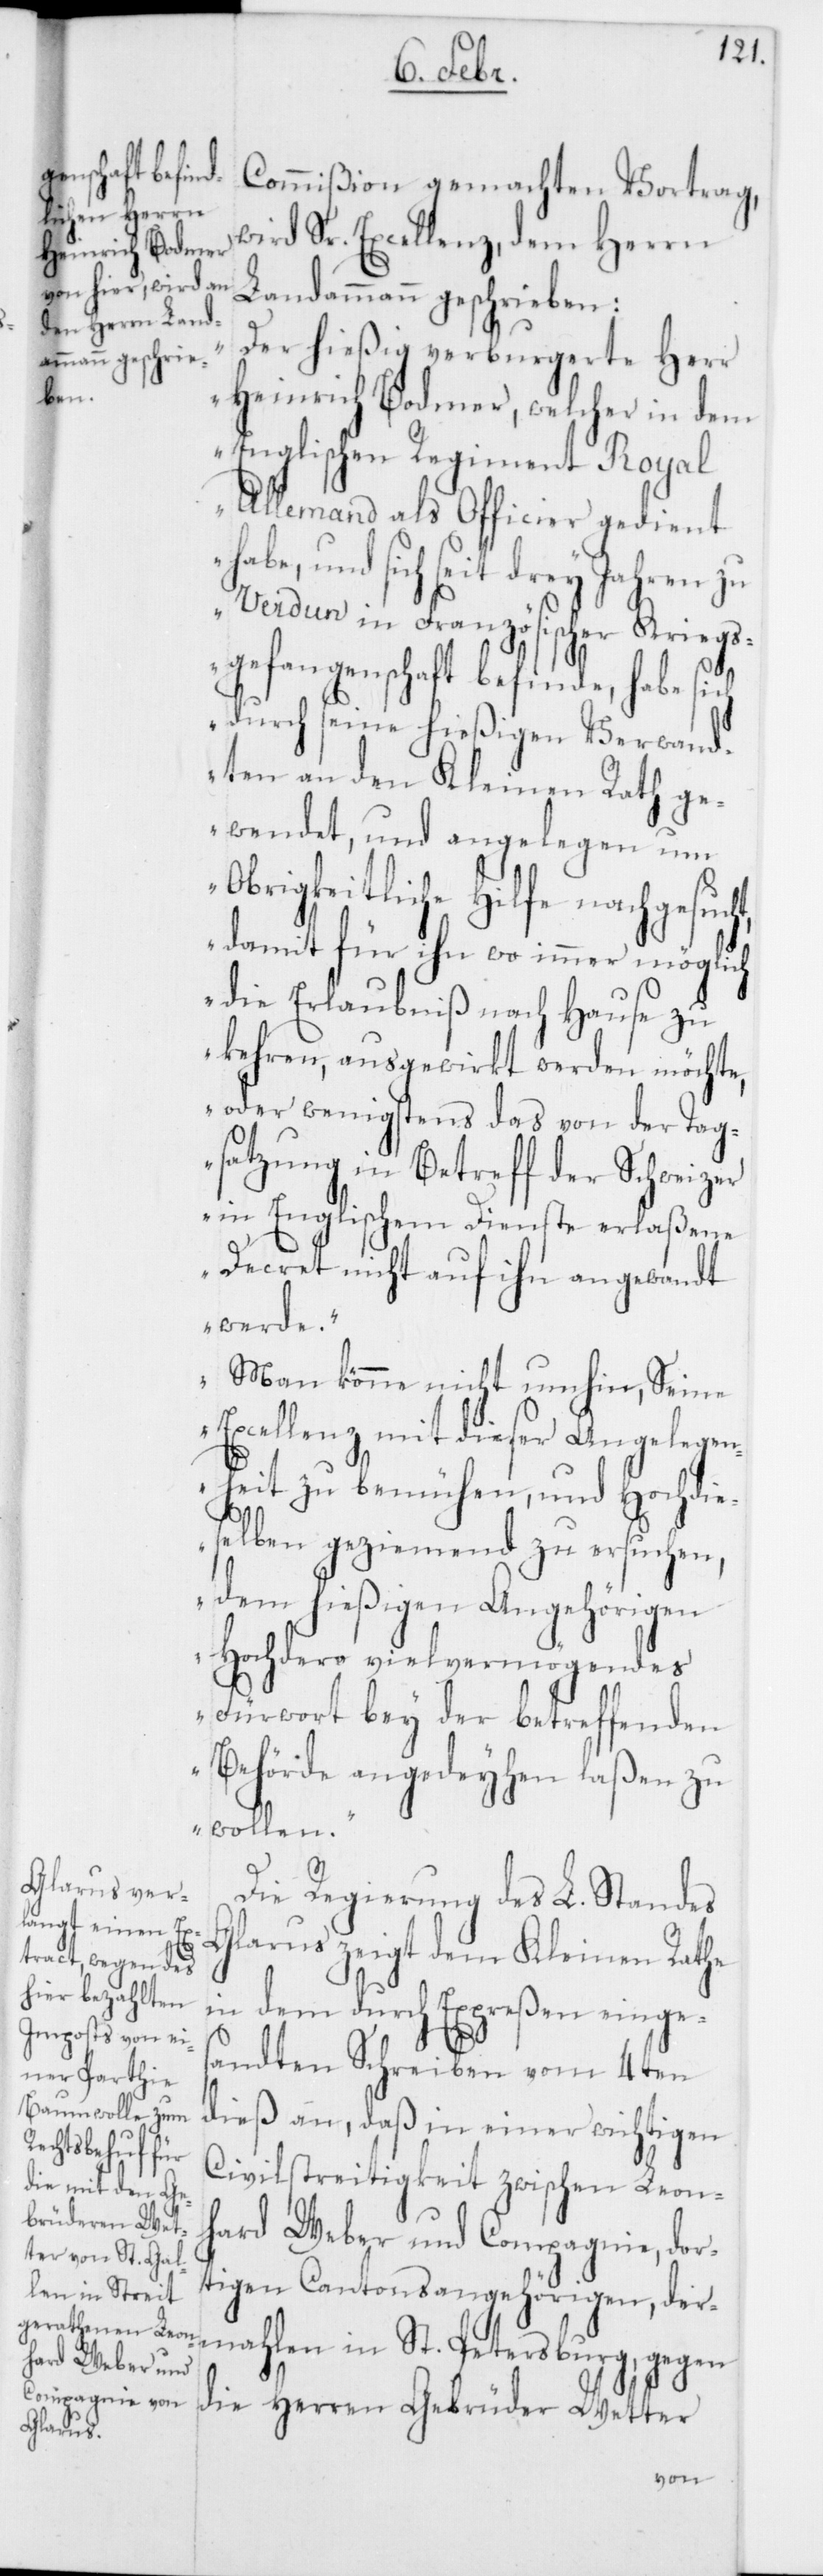
Commißion gemachten Vortrag,
wird Sr. Excellenz, dem Herrn
Landammann geschrieben:
„Der hießig verburgerte Herr
Heinrich Bodmer, welcher in dem
Englischen Regiment Royal
Allemand als Officier gedient
habe, und sich seit drey Jahren zu
Verdun in Französischer Kriegs¬
gefangenschaft befinde, habe sich
durch seine hießigen Verwand¬
ten an den Kleinen Rath ge¬
wendet, und angelegen um
Obrigkeitliche Hilfe nachgesuch¬
t, damit für ihn wo immer möglich
die Erlaubniß nach Hause zu
kehren, ausgewirkt werden möchte,
oder wenigstens das von der Tag¬
satzung in Betreff der Schweizer
in Englischem Dienste erlaßene
Decret nicht auf ihn angewandt
werde.
Man könne nicht umhin, Seine
Excellenz, mit dieser Angelegen¬
heit zu bemühen, und Hochdie¬
selben geziemend zu ersuchen,
dem hießigen Angehörigen
Hochdero vielvermögendes
Fürwort bey der betreffenden
Behörde angedeyhen laßen zu
wollen.“
Die Regierung des L. Standes
Glarus zeigt dem Kleinen Rathe
in dem durch Expreßen einges¬
andten Schreiben vom 4ten
dieß an, daß in einer wichtigen
Civilstreitigkeit zwischen Leon¬
hard Weber und Compagnie, dor¬
tigen Cantonsangehörigen, der¬
mahlen in St. Petersburg, gegen
die Herren Gebrüder Wetter